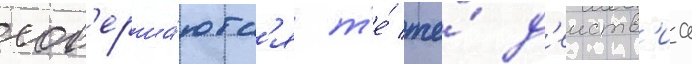
сов'ерша́ютс'я т'е́ же́ д'еиств'иа